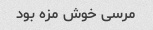
مرسی خوش مزه بود